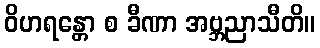
ဝိဟရန္တော စ ခီဏာ အဗ္ဘညာသီတိ။